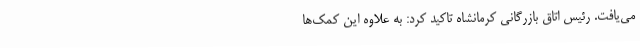
می‌یافت. رئیس اتاق بازرگانی کرمانشاه تاکید کرد: به علاوه این کمک‌ها